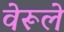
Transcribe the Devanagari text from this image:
वेरूले